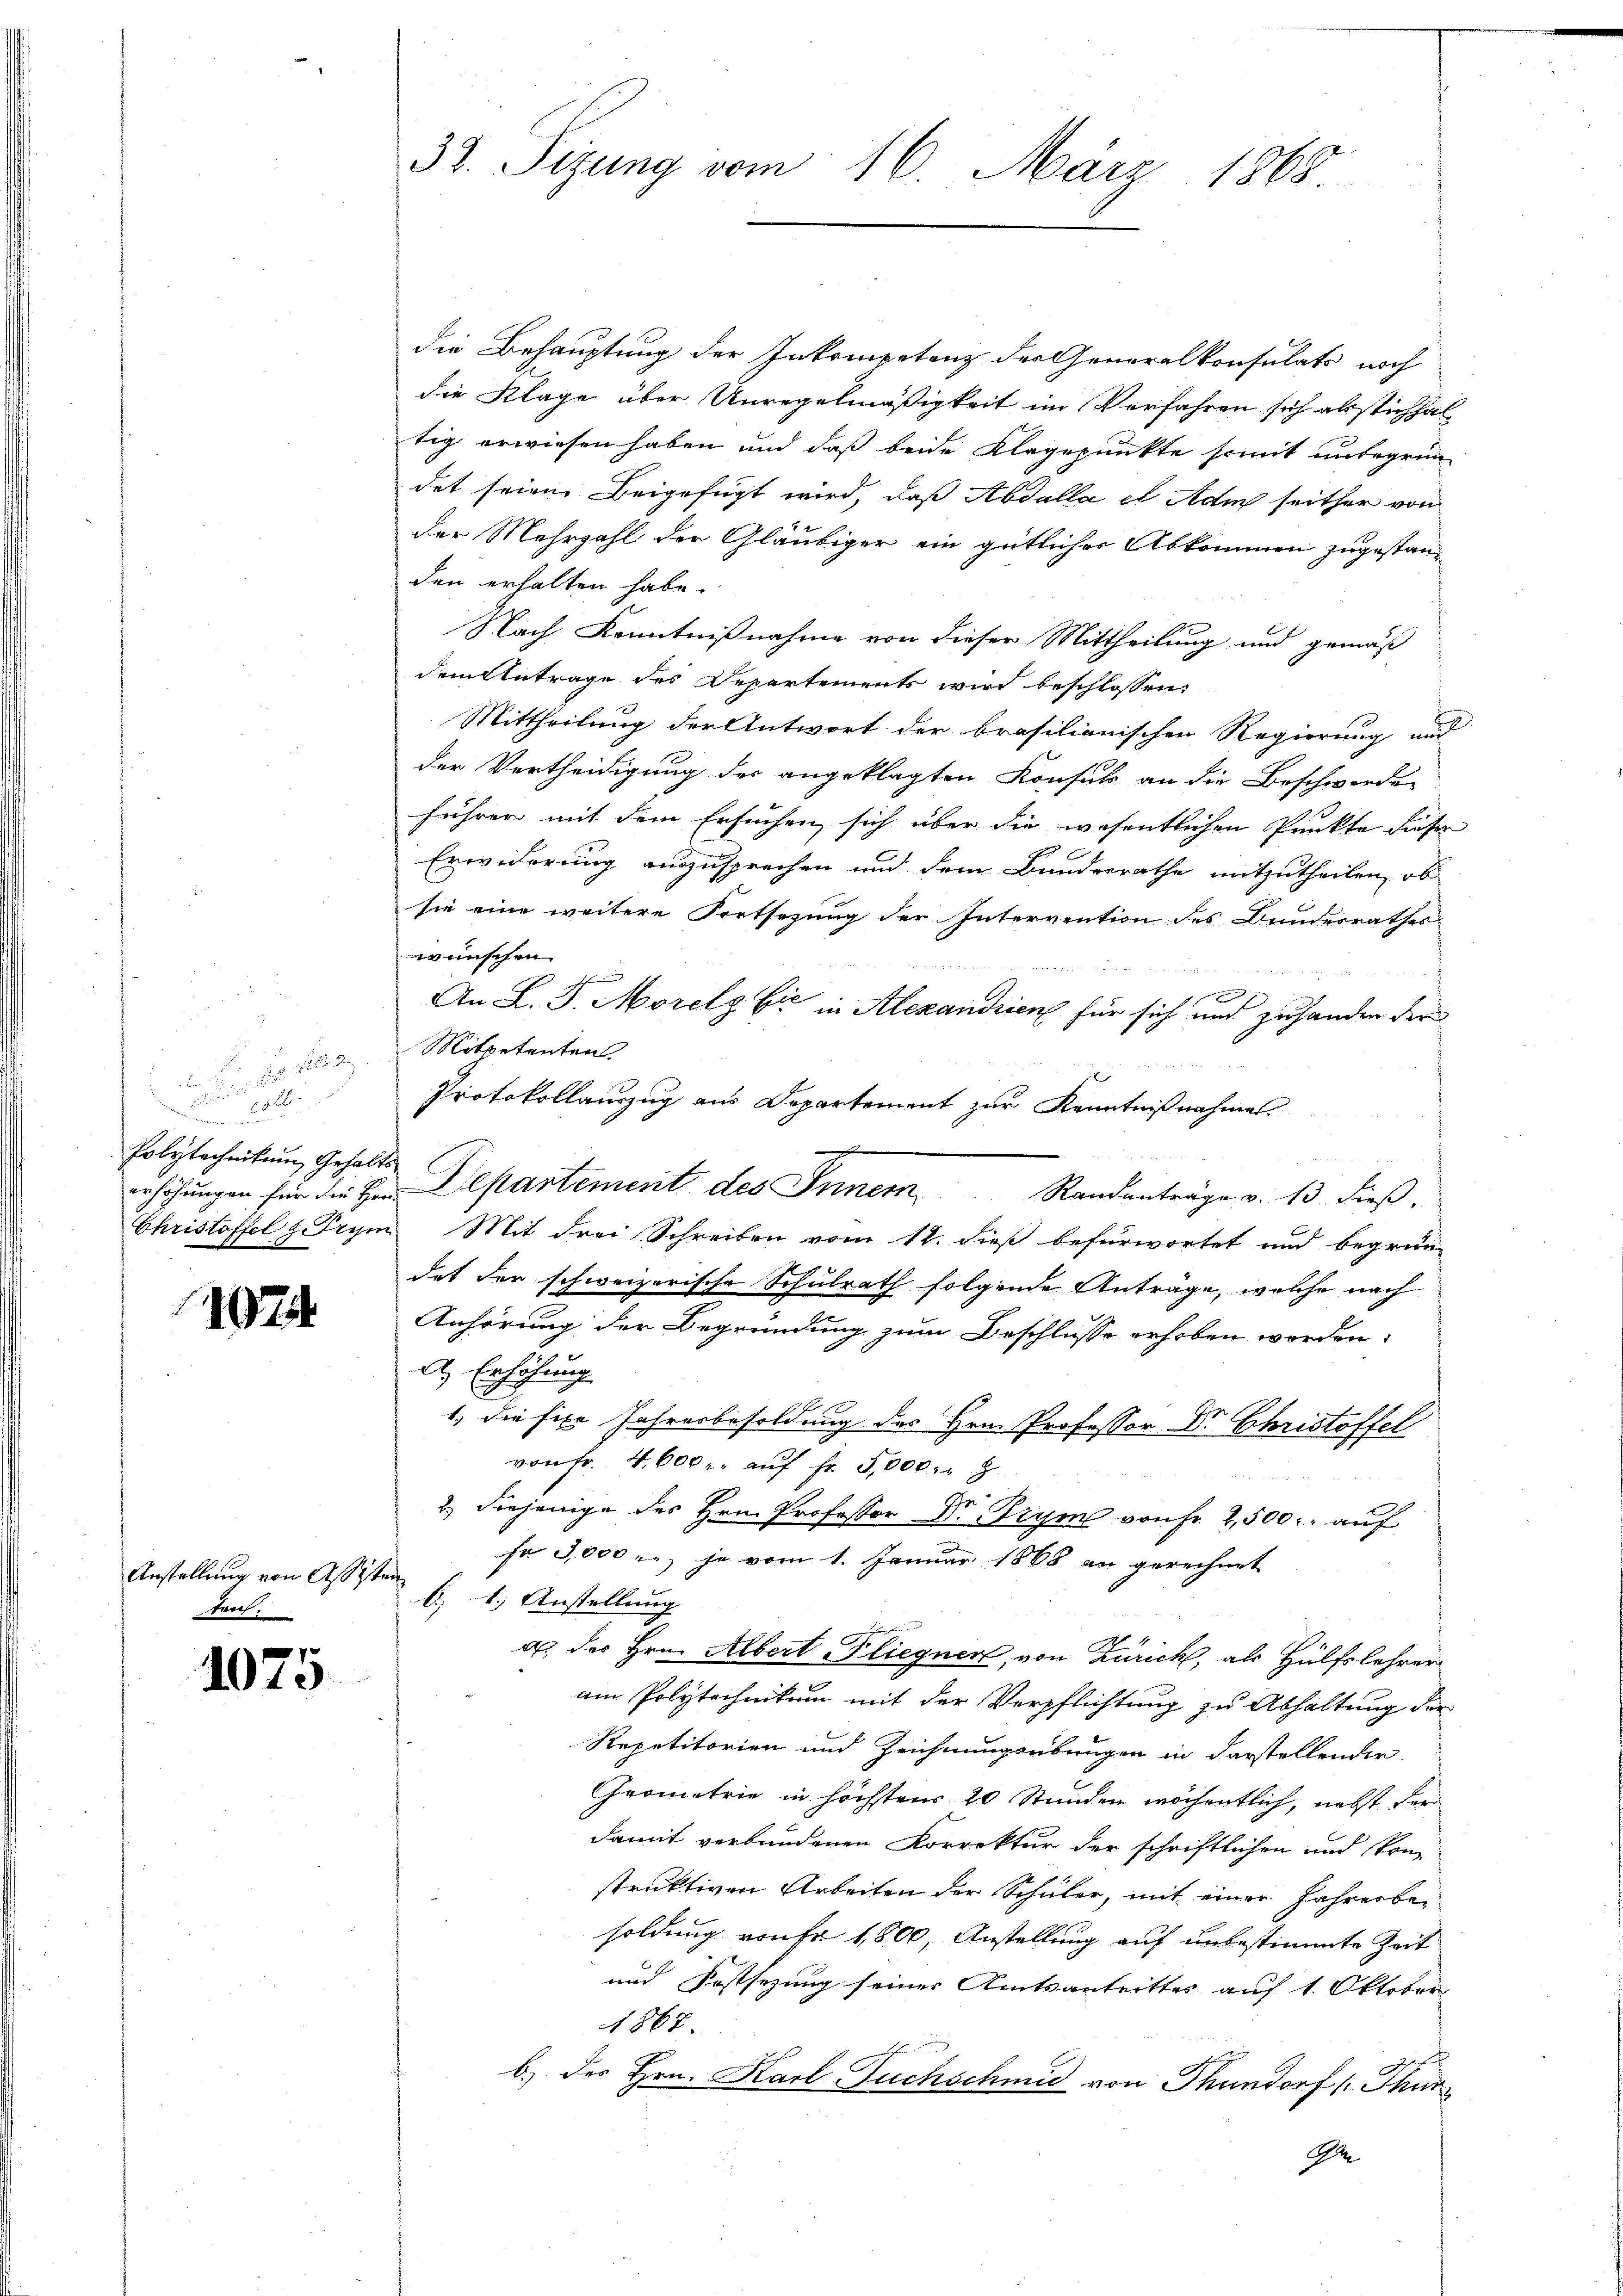
J S. 19
d
.
Polytechnikum Gehalte
erhöhungen für die Hrn.
Christoffel u. Trym

10.

Anstellung von Assisten

107

5

32. Sizung vom 16. März 1865.

die Behauptung der Inkompetenz der Generalkonsulats noch
die Klage über Unregelmäßigkeit im Verfahren sich abstichhaltig erwiesen haben und daß beide Klagepunkte somit unbegrün-
det seien Beigefügt wird, daß Abdalla et Adm seither von
der Mehrzahl der Gläubiger ein gütlicher Abkommen zugestanden erhalten habe.
Nach Kenntnißnahme von dieser Mittheilung und gemäß
dem Antrage des Departements wird beschlossen:
Mittheilung der Antwort der brasilianischen Regierung und
der Vertheidigung der angeklagten Konsuls an die Beschwerde
führer mit dem Ersuchen sich über die wesentlichen Punkte dieser
Erwiderung auszusprechen und dem Bundesrathe mitzutheilen, ob
sie eine weitere Fortsezung der Intervention des Bunderrathes
wunschen
x
An L. J. Morels Ei in Alexandrien für sich und zuhanden der
Mitpetenten
Protokollauszug aus Departement zur Kenntnißnahmen.
7
Departement des Innem Randanträge v. 13 dieβ,
 Mit Frei Schreiben vom 11. dieß befürwortet und begrün-
dat der schweizerische Schulrath folgende Anträge, welche nach
Anhörung der Begründung zum Beschlusse erhoben worden.
A.) Erhöhung
1.) Die fixe Jahresbesoldung des Hrn. Professor Dr. Christoffel
von fr. 4600. aŭf fr. 5,000. 8
So
2.) Diejenige des Hrn. Professor D. Prym von Fr. 2,500 auf
so 3,000 u. je vom 1. Januar 1868 an gerechnet
b1.) Anstellung
a. des Hrn. Albert Fliegner, von Zürich, als Hülfslehrer
am Polytechnikum mit der Verpflichtung zu Abhaltung der
Repetitorien und Zeichnungsübungen in darstellender
Geometrie in höchstens 20 Stunden wöchentlich, nebst der
damit verbundenen Korrektur der schriftlichen und kon-
struktiven Arbeiten der Schüler, mit einer Jahresbesoldung von Fr. 1800, Anstellung auf unbestimmte Zeit
und Festsezung seiner Amtsantrittes auf 1. Oktober
1867
b.) des Hrn. Karl-Fuchschmid von Thundorf (Thur
A